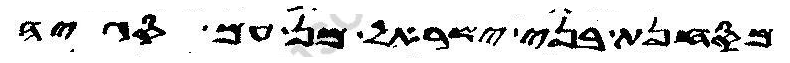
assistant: מסחנת בני ישראל מן עם סגיה